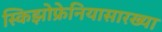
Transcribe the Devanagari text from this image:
स्किझोफ्रेनियासारख्या